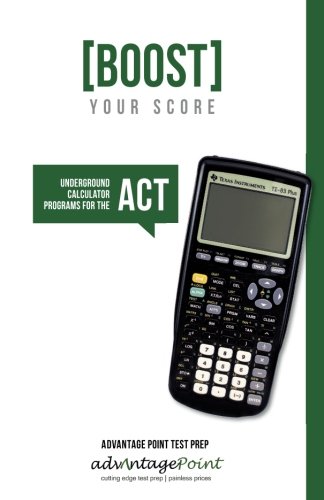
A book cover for Boost Your Score: Underground Calculator Programs for the ACT Test; Advantage Point; Test Preparation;